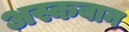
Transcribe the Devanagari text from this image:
अस्कबान